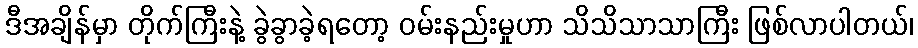
ဒီအချိန်မှာ တိုက်ကြီးနဲ့ ခွဲခွာခဲ့ရတော့ ဝမ်းနည်းမှုဟာ သိသိသာသာကြီး ဖြစ်လာပါတယ်၊